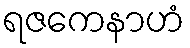
ရဇကေနာဟံ